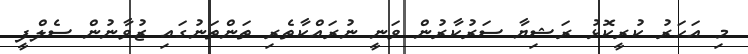
މި އަހަރު ކުރީކޮޅު ރަޝިޔާ ސަރުކާރުން ވަނީ ނުރައްކާތެރި ތަންތަނުގައި ޒުވާނުން ސެލްފީ